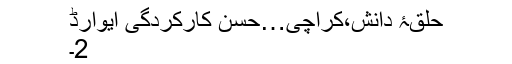
حلقۂ دانش،کراچی…حسنِ کارکردگی ایوارڈ
2۔